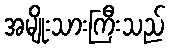
အမျိုးသားကြီးသည်